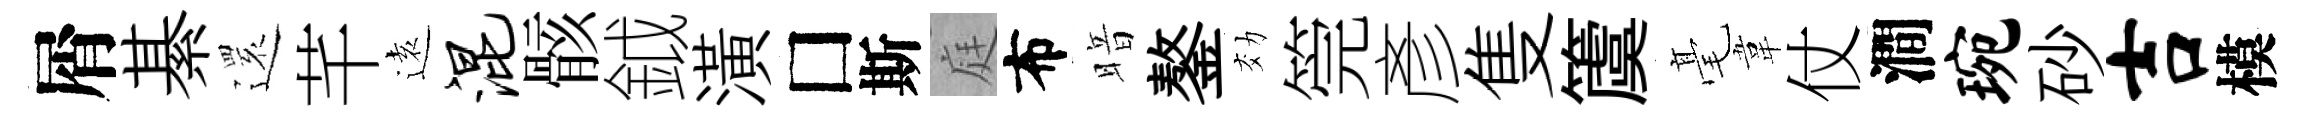
屑綦𮟃芊逺混骸鉞潢□斯庭布暗鏊効筦彥隻𥵂毫韋仗澗琬砂吉模